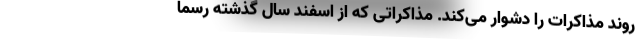
روند مذاکرات را دشوار می‌کند. مذاکراتی که از اسفند سال گذشته رسما